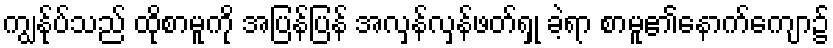
ကျွန်ုပ်သည် ထိုစာမူကို အပြန်ပြန် အလှန်လှန်ဖတ်ရှု ခဲ့ရာ စာမူ၏နောက်ကျော၌